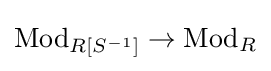
{\text{Mod}}_{R[S^{-1}]}\to {\text{Mod}}_{R}